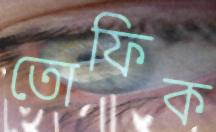
তোফিক